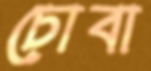
চোবা